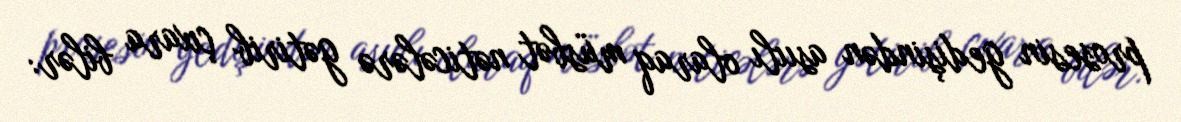
prosesin gedişindən asıılı olaraq müsbət nəticələrə gətirib çıxara bilər: